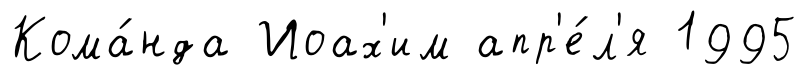
Кома́нда Иоах'им апр'е́л'я 1995